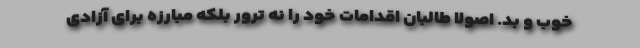
خوب و بد. اصولا طالبان اقدامات خود را نه ترور بلکه مبارزه برای آزادی